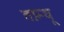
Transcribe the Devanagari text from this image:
ताम्धू